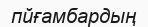
пйғамбардың